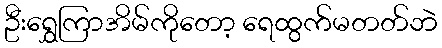
ဦးရွှေကြာအိမ်ကိုတော့ ရေထွက်မတတ်ဘဲ